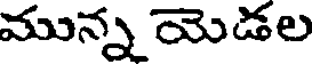
మున్న యెడల